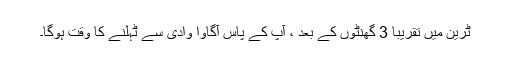
ٹرین میں تقریبا 3 گھنٹوں کے بعد ، آپ کے پاس آگاوا وادی سے ٹہلنے کا وقت ہوگا۔